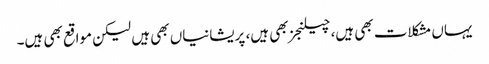
یہاں مشکلات بھی ہیں، چیلنجز بھی ہیں، پریشانیاں بھی ہیں لیکن مواقع بھی ہیں۔